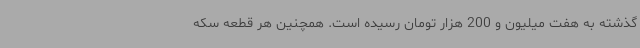
گذشته به هفت میلیون و 200 هزار تومان رسیده است. همچنین هر قطعه سکه